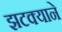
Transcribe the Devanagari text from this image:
झटक्‍याने